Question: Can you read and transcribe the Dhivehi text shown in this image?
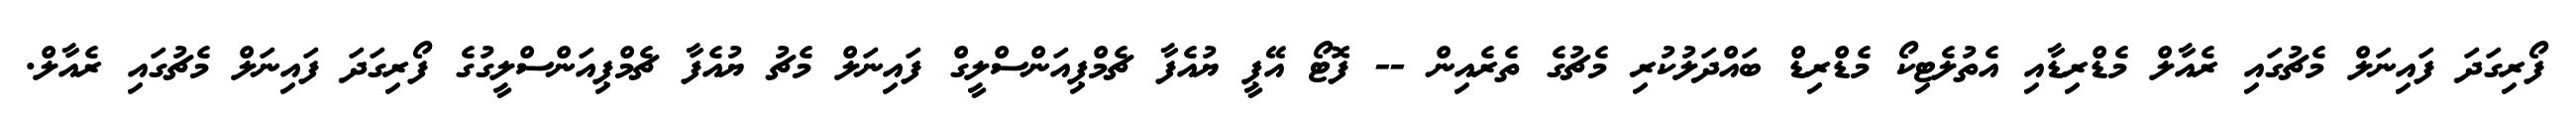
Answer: ފޯރިގަދަ ފައިނަލް މެޗުގައި ރެއާލް މެޑްރިޑާއި އެތުލެޓިކޯ މެޑްރިޑް ބައްދަލުކުރި މެޗުގެ ތެރެއިން -- ފޮޓޯ އޭޕީ ޔުއެފާ ޗެމްޕިއަންސްލީގް ފައިނަލް މެޗު ޔުއެފާ ޗެމްޕިއަންސްލީގުގެ ފޯރިގަދަ ފައިނަލް މެޗުގައި ރެއާލް.